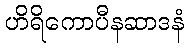
ဟိရိကောပီနဆာဒနံ